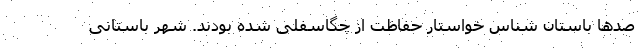
صدها باستان شناس خواستار حفاظت از چگاسفلی شده بودند. شهر باستانی